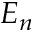
E _ { n }